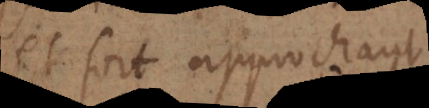
et fort approchant